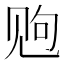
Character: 𫌩